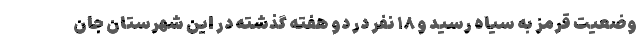
وضعیت قرمز به سیاه رسید و ١٨ نفر در دو هفته گذشته در این شهرستان جان